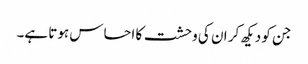
جن کو دیکھ کر ان کی وحشت کا احساس ہوتا ہے۔